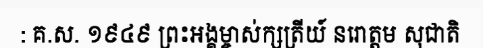
: គ.ស. ១៩៤៩ ព្រះអង្គម្ចាស់ក្សត្រីយ៍ នរោត្តម សុជាតិ